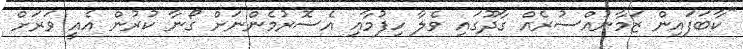
"ކާބަފައިން ޒަމާނުއްސުރެއް ގާދޫގައި ވެލާ ހިފުމާއި އެސޮރުމެންނަށް ގޯނާ ކުރުން އެއީ ވަރަށް